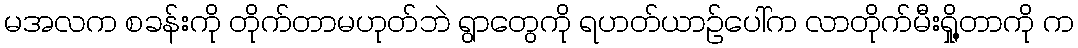
မအလက စခန်းကို တိုက်တာမဟုတ်ဘဲ ရွာတွေကို ရဟတ်ယာဉ်ပေါ်က လာတိုက်မီးရှို့တာကို က